Vaccination Hyderabad 1872-1889 - 1872-1889
Year: 1872
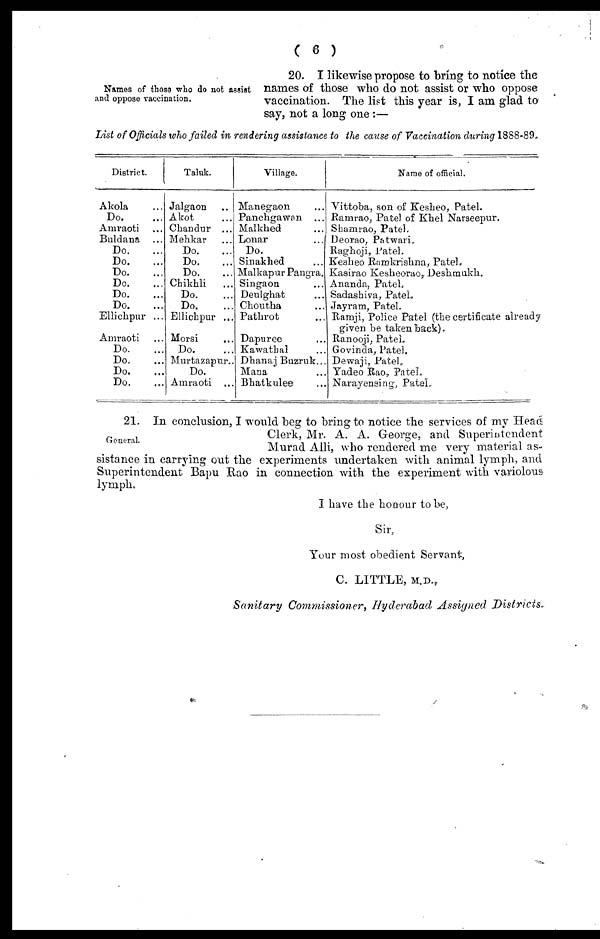
( 6 )
Names of those who do not assist
and oppose vaccination.
20. I likewise propose to bring to notice the
names of those who do not assist or who oppose
vaccination. The list this year is, I am glad to
say, not a long one:—
List of Officials who failed in rendering assistance to the cause of Vaccination during 1888-89.
District.
Akola ...
Do. ...
Amraoti ...
Buldana ...
Do. ...
Do. ...
Do. ...
Do. ...
Do. ...
Do. ...
Ellichpur ...
Amraoti ...
Do. ...
Do. ...
Do. ...
Do. ...
Taluk.
Jalgaon ...
Akot ...
Chandur ...
Mehkar ...
Do. ...
Do. ...
Do. ...
Chikhli
...
Do. ...
Do. ...
Ellichpur ...
Morsi ...
Do. ...
Murtazapur..
Do.
Amraoti ...
Village.
Manegaon ...
Panchgawan ...
Malkhed...
Lonar ...
Do. ...
Sinakhed ...
Malkapur Pangra.
Singaon ...
Deulghat ...
Choutha ...
Pathrot ...
Dapuree ...
Kawathal ...
Dhanaj Buzruk...
Mana ...
Bhatkulee ...
Name of official.
Vittoba, son of Kesheo, Patel.
Ramrao, Patel of Khel Narseepur.
Shamrao, Patel.
Deorao, Patwari.
Raghoji, Patel.
Kesheo Ramkrishna, Patel.
Kaairao Kesheorao, Deshmakh.
Ananda, Patel,
Sadashiva, Patel.
Jayram, Patel.
Ramji, Police Patel (the certificate already
given be taken back).
Ranooji, Patel.
Govinda, Patel.
Dewaji, Patel,
Yadeo Rao, Patel.
Narayensing, Patel.
General.
21. In conclusion, I would beg to bring to notice the services of my Head
Clerk, Mr. A. A. George, and Superintendent
Murad Alli, who rendered me very material as-
sistance in carrying out the experiments undertaken with animal lymph, and
Superintendent Bapu Rao in connection with the experiment with variolous
lymph.
I have the honour to be,
Sir,
Your most obedient Servant,
C. LITTLE, M.D.,
Sanitary Commissioner, Hyderabad Assigned Districts.